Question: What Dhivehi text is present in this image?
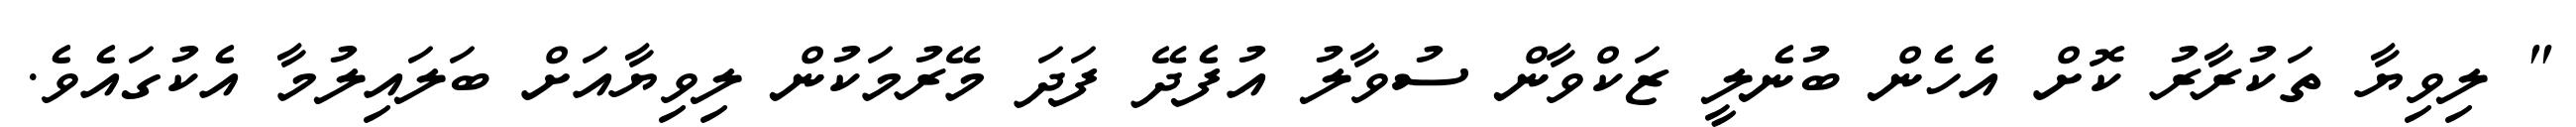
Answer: " ލިވިޔާ ތަކުރާރު ކޮށް އެހެން ބުނެލީ ޒަކްވާން ސުވާލު އުފެދޭ ފަދަ މޭރުމަކުން ލިވިޔާއަށް ބަލައިލުމާ އެކުގައެވެ.